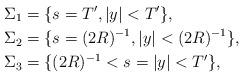
LaTeX: \begin{align*}\Sigma_1 &= \{s = T', |y| < T'\},\\\Sigma_2 &= \{s = (2R)^{-1}, |y| < (2R)^{-1}\}, \\\Sigma_3 &= \{ (2R)^{-1} < s = |y| < T'\},\end{align*}